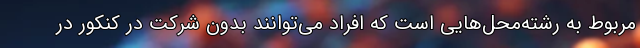
مربوط به رشته‌محل‌هایی است که افراد می‌توانند بدون شرکت در کنکور در